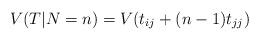
LaTeX: \begin{align*} V(T | N=n) = V(t_{ij} + (n-1) t_{jj})\end{align*}